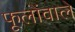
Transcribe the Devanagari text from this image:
फूलोंवाले